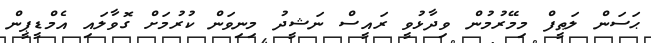
ޙަސަން ލަޠީފް މިމޭރުމުން ވިދާޅުވީ ރައީސް ނަޝީދު މިނިވަން ކުރުމަށް ގޮވާލައި އެމްޑީޕީން